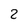
Character: 2